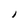
Character: I